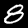
Digit: 8